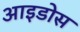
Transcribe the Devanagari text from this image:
आइडोस